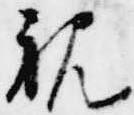
親